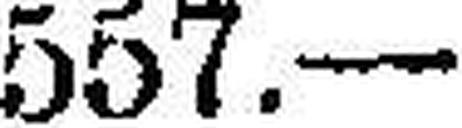
557.—